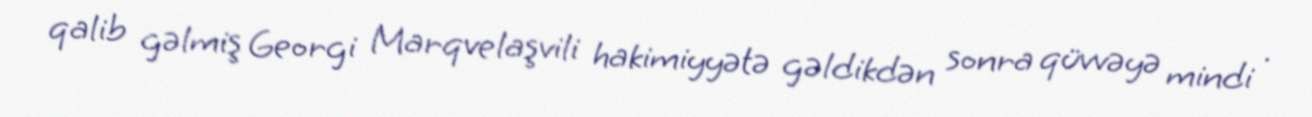
qalib gəlmiş Georgi Marqvelaşvili hakimiyyətə gəldikdən sonra qüvvəyə mindi .